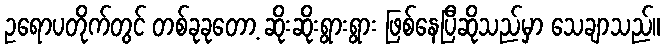
ဥရောပတိုက်တွင် တစ်ခုခုတော့ ဆိုးဆိုးရွားရွား ဖြစ်နေပြီဆိုသည်မှာ သေချာသည်။